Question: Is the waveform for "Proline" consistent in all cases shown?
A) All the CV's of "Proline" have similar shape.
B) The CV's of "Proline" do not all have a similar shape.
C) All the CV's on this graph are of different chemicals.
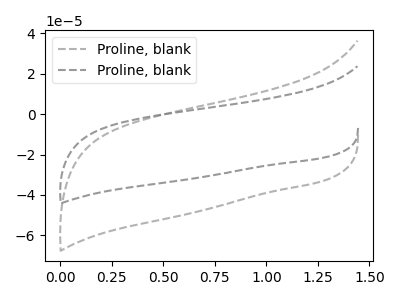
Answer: <think>The gray dashed curve "Proline, blank1" has no peaks. The gray dashed curve "Proline, blank2" has no peaks.
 Neither "Proline, blank1" or "Proline, blank2" have any peaks.</think>
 <answer>A) All the CV's of "Proline" have similar shape.</answer>
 <eval>A</eval>